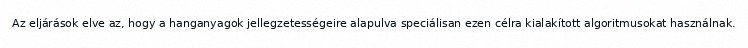
Az eljárások elve az, hogy a hanganyagok jellegzetességeire alapulva speciálisan ezen célra kialakított algoritmusokat használnak.